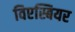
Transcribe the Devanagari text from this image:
विएस्बियर